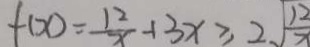
f ( x ) = \frac { 1 2 } { x } - 1 3 x \geq 2 \sqrt { \frac { 1 2 } { x } }